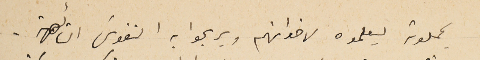
يحملونه ليعلموه لاخوانهم ويريحوا به النفوسَ التائىهة.